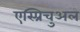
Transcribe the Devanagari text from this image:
एस्प्रिचुअल